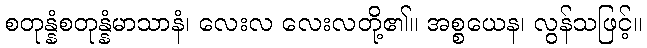
စတုန္နံစတုန္နံမာသာနံ၊ လေးလ လေးလတို့၏။ အစ္စယေန၊ လွန်သဖြင့်။